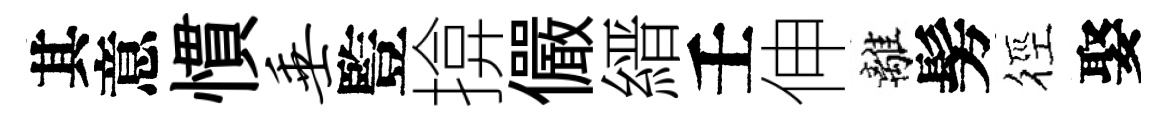
其意慣垂䜿揜儼縉壬伸離髣徑娶